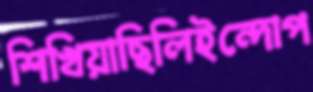
শিখিয়াছিলিইন্দোপ